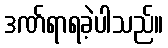
ဒဏ်ရာရခဲ့ပါသည်။